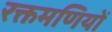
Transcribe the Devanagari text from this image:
रक्तमणियों